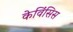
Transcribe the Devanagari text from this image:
केविंसिस